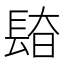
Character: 𰿎